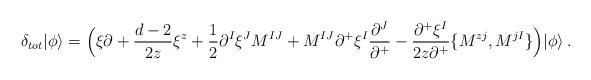
LaTeX: \begin{align*}\delta_{tot}|\phi\rangle=\Bigl(\xi\partial+\frac{d-2}{2z}\xi^z+\frac{1}{2}\partial^I\xi^JM^{IJ}+M^{IJ}\partial^+\xi^I\frac{\partial^J}{\partial^+}-\frac{\partial^+\xi^I}{2z\partial^+}\{M^{zj},M^{jI}\}\Bigr)|\phi\rangle\,.\end{align*}